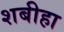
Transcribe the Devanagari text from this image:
शबीहा